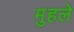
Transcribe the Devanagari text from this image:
मुहले